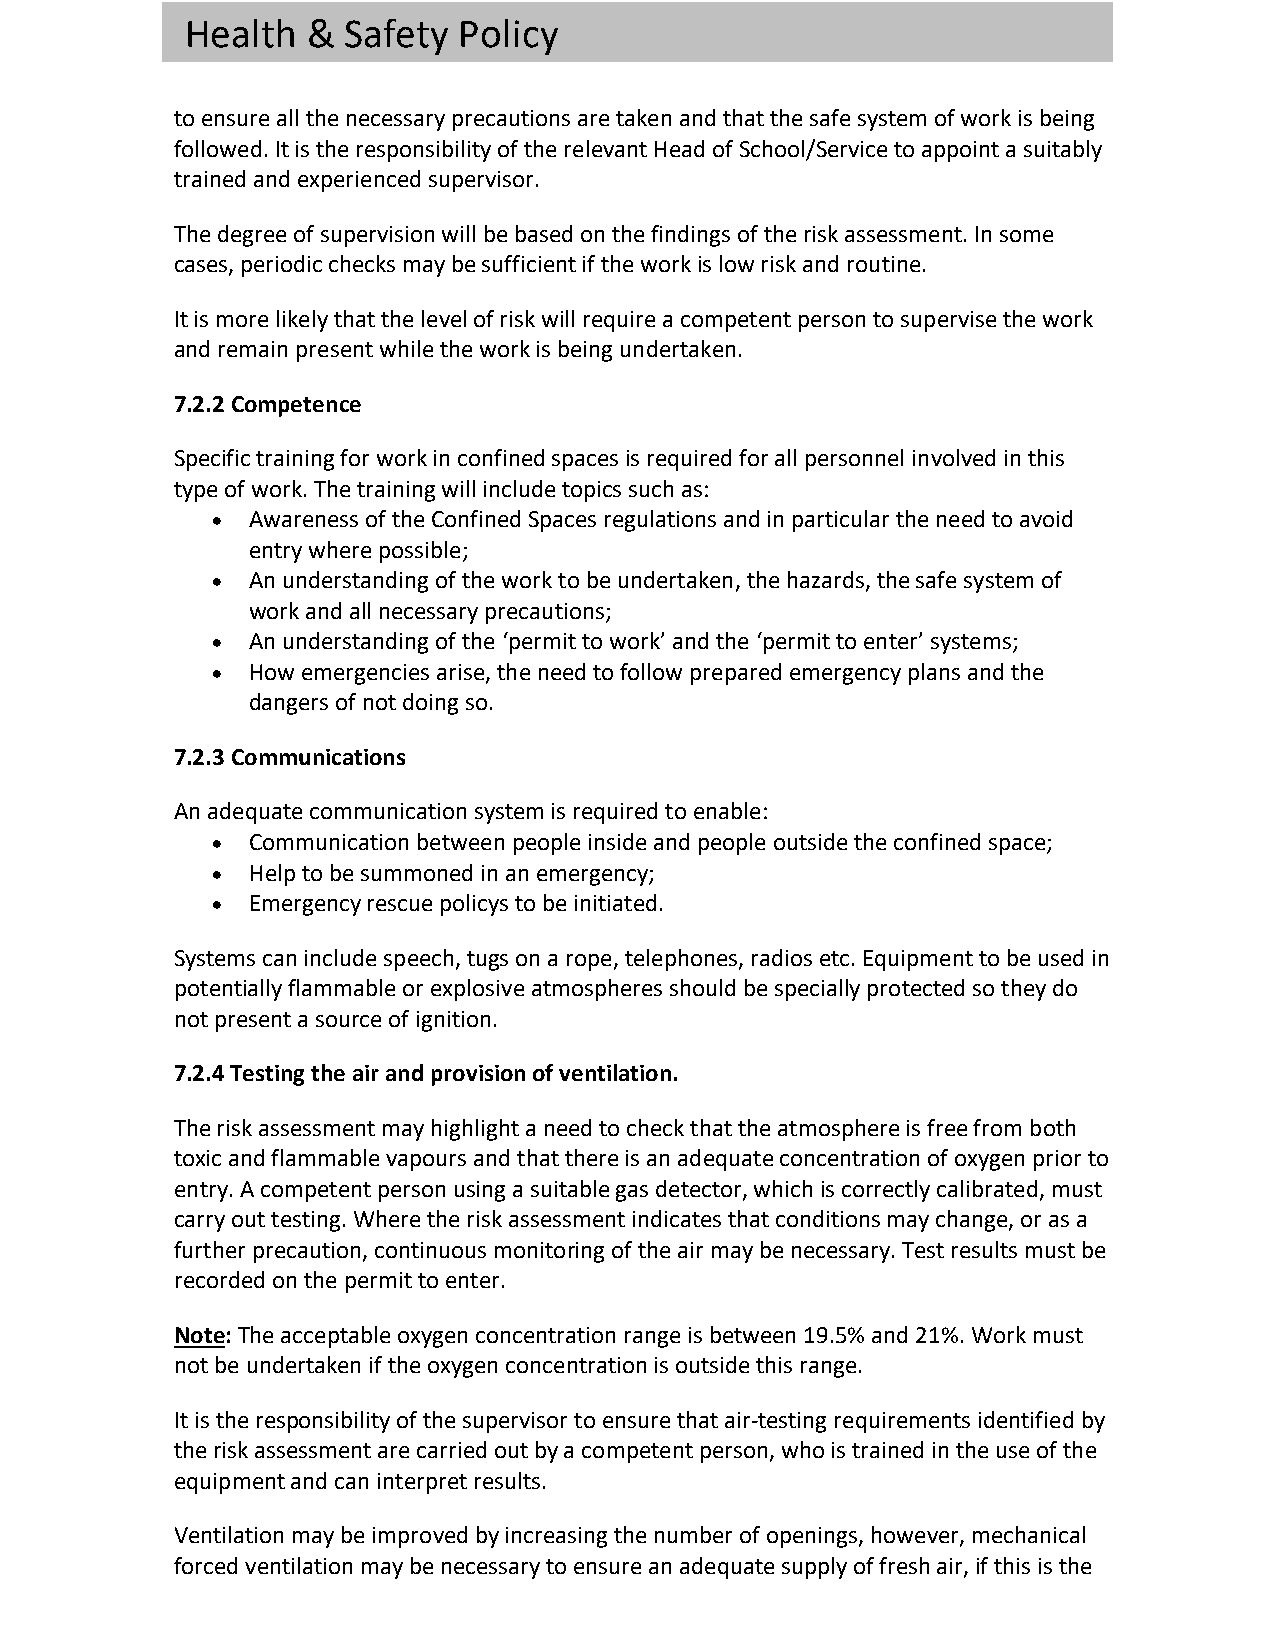
Health  &  Safety Policy
 to ensure all the necessary precautions are taken and that the safe system of work is being
 followed. It is the responsibility of the relevant Head of School/Service to appoint a suitably
 trained and experienced supervisor.
 The degree of supervision will be based on the findings of the risk assessment. In some
 cases, periodic checks may be sufficient if the work is low risk and routine.
 It is more likely that the level of risk will require a competent person to supervise the work
 and remain present while the work is being undertaken.
 7.2.2 Competence
 Specific training for work in confined spaces is required for all personnel involved in this
 type of work. The training will include topics such as:
 • Awareness of the Confined Spaces regulations and in particular the need to avoid
 entry where possible;
 • An understanding of the work to be undertaken, the hazards, the safe system of
 work and all necessary precautions;
 • An understanding of the ‘permit to work’ and the ‘permit to enter’ systems;
 • How emergencies arise, the need to follow prepared emergency plans and the
 dangers of not doing so.
 7.2.3 Communications
 An adequate communication system is required to enable:
 • Communication between people inside and people outside the confined space;
 • Help to be summoned in an emergency;
 • Emergency rescue policys to be initiated.
 Systems can include speech, tugs on a rope, telephones, radios etc. Equipment to be used in
 potentially flammable or explosive atmospheres should be specially protected so they do
 not present a source of ignition.
 7.2.4 Testing the air and provision of ventilation.
 The risk assessment may highlight a need to check that the atmosphere is free from both
 toxic and flammable vapours and that there is an adequate concentration of oxygen prior to
 entry. A competent person using a suitable gas detector, which is correctly calibrated, must
 carry out testing. Where the risk assessment indicates that conditions may change, or as a
 further precaution, continuous monitoring of the air may be necessary. Test results must be
 recorded on the permit to enter.
 Note: The acceptable oxygen concentration range is between 19.5% and 21%. Work must
 not be undertaken if the oxygen concentration is outside this range.
 It is the responsibility of the supervisor to ensure that air-testing requirements identified by
 the risk assessment are carried out by a competent person, who is trained in the use of the
 equipment and can interpret results.
 Ventilation may be improved by increasing the number of openings, however, mechanical
 forced ventilation may be necessary to ensure an adequate supply of fresh air, if this is the